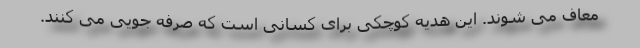
معاف می شوند. این هدیه کوچکی برای کسانی است که صرفه جویی می کنند.